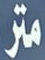
متر